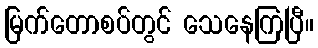
မြက်တောစပ်တွင် သေနေကြပြီ။